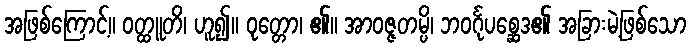
အဖြစ်ကြောင့်။ ဝတ္ထူတိ၊ ဟူ၍။ ဝုတ္တော၊ ၏။ အာဝဇ္ဇတမ္ပိ၊ ဘဝင်္ဂုပစ္ဆေဒ၏ အခြားမဲ့ဖြစ်သော